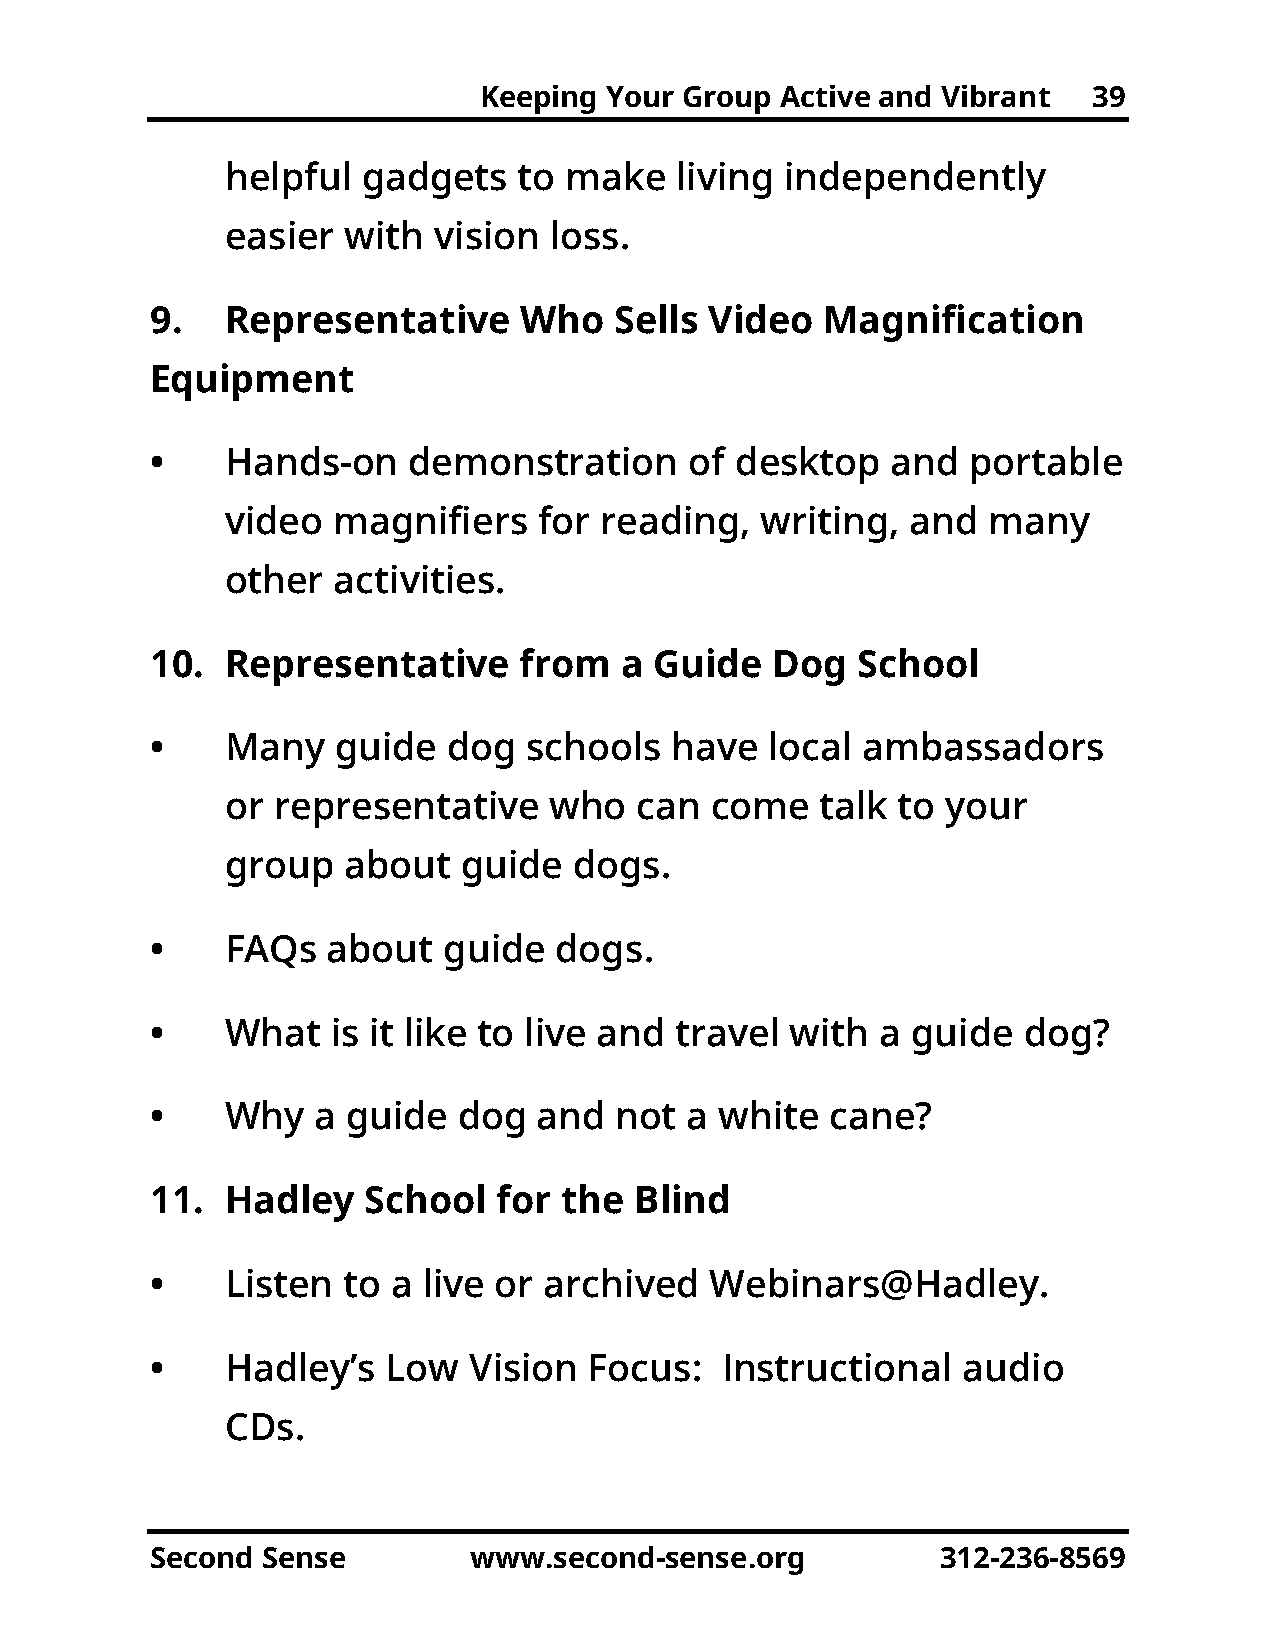
Keeping Your Group  Active and Vibrant  39
 helpful  gadgets   to make    living independently
 easier  with  vision loss.
 9.   Representative     Who    Sells Video  Magnification
 Equipment
 •    Hands-on    demonstration      of desktop   and  portable
 video  magnifiers    for reading,  writing,  and  many
 other  activities.
 10.  Representative     from   a Guide   Dog   School
 •    Many   guide   dog  schools  have   local ambassadors
 or representative    who   can  come   talk to  your
 group   about   guide  dogs.
 •    FAQs   about  guide   dogs.
 •    What   is it like to live and travel with  a guide   dog?
 •    Why   a guide  dog   and  not a  white  cane?
 11.  Hadley   School   for the  Blind
 •    Listen  to a live or archived   Webinars@Hadley.
 •    Hadley’s   Low  Vision  Focus:   Instructional   audio
 CDs.
 Second Sense         www.second-sense.org           312-236-8569